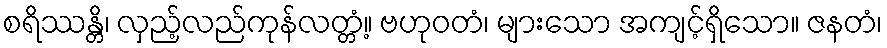
စရိဿန္တိ၊ လှည့်လည်ကုန်လတ္တံ့။ ဗဟုဝတံ၊ များသော အကျင့်ရှိသော။ ဇနတံ၊